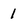
Character: 1